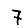
Digit: 7